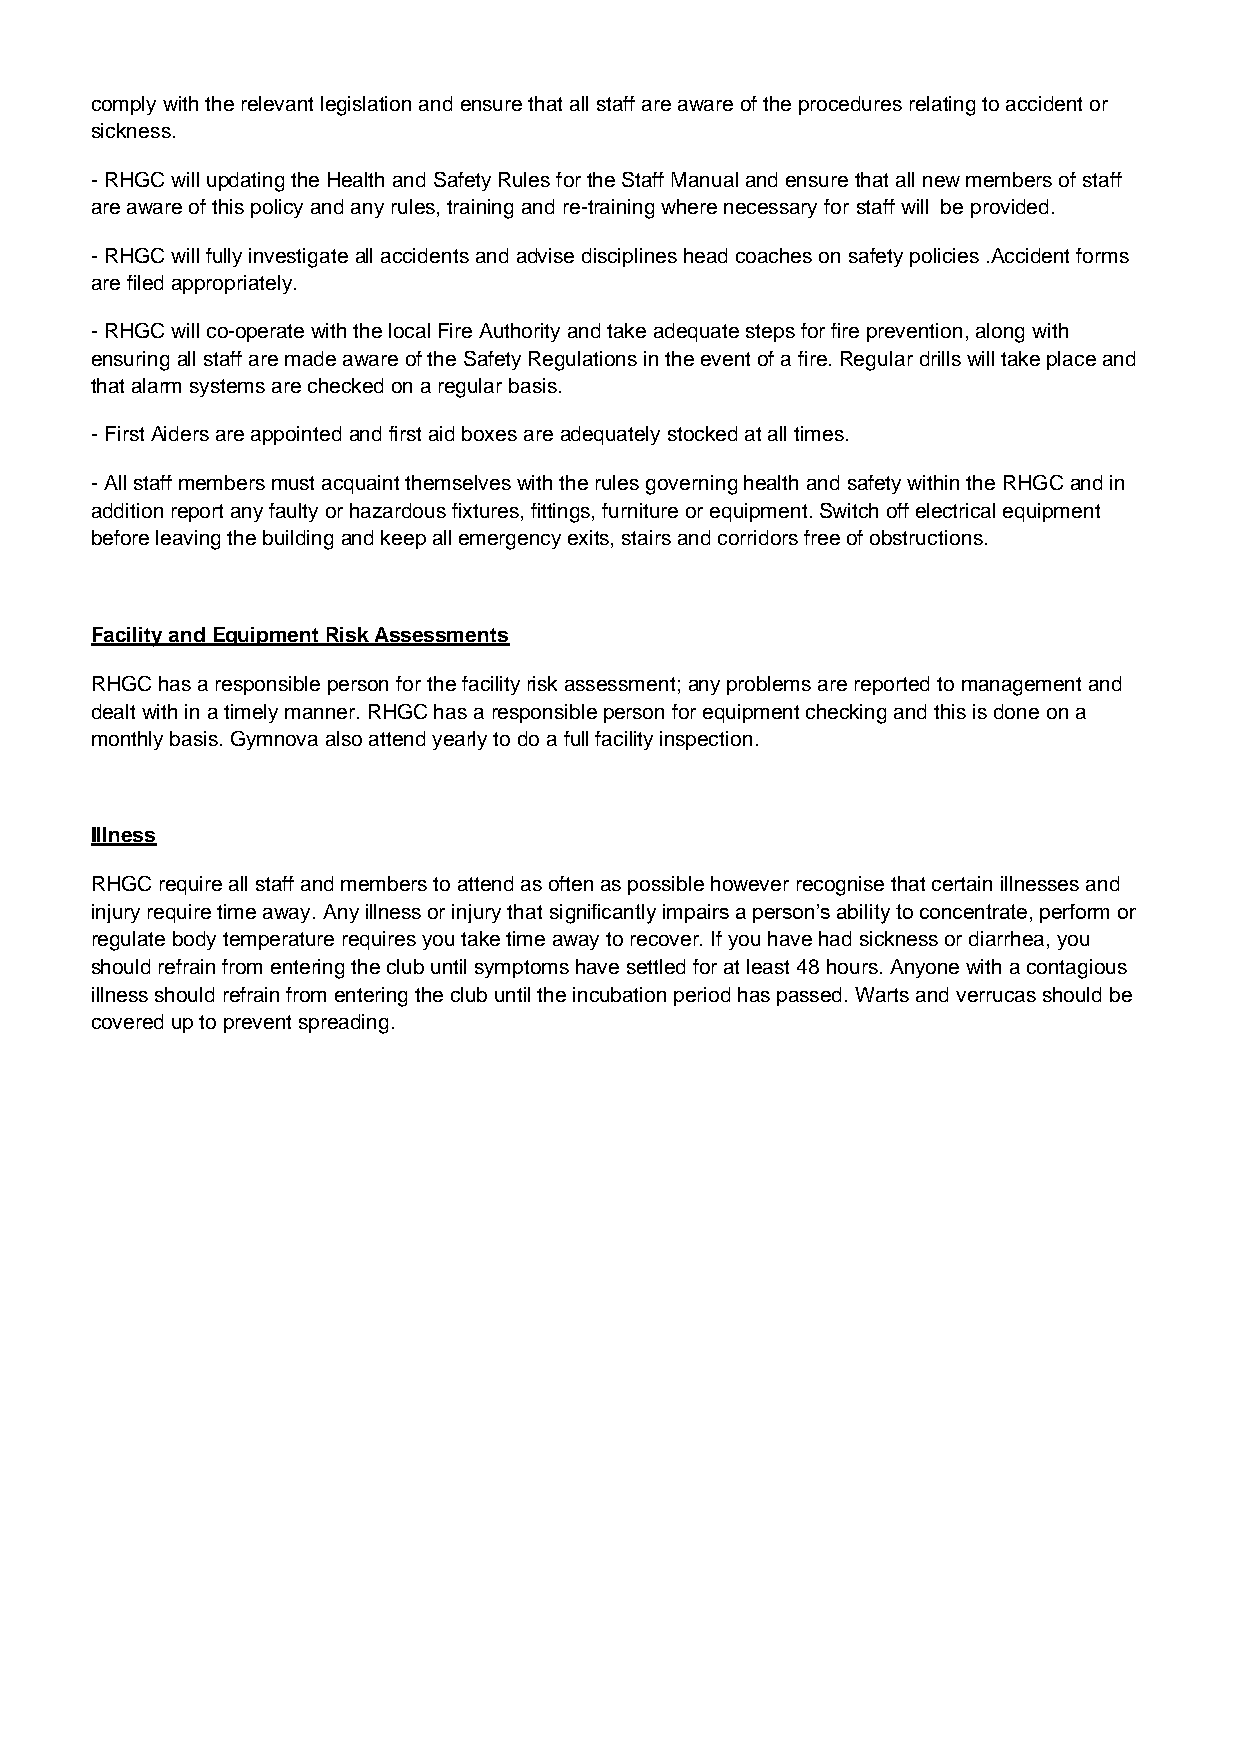
comply with the relevant legislation and ensure that all staff are aware of the procedures relating to accident or
 sickness.
 - RHGC will updating the Health and Safety Rules for the Staff Manual and ensure that all new members of staff
 are aware of this policy and any rules, training and re-training where necessary for staff will be provided.
 - RHGC will fully investigate all accidents and advise disciplines head coaches on safety policies .Accident forms
 are filed appropriately.
 - RHGC will co-operate with the local Fire Authority and take adequate steps for fire prevention, along with
 ensuring all staff are made aware of the Safety Regulations in the event of a fire. Regular drills will take place and
 that alarm systems are checked on a regular basis.
 - First Aiders are appointed and first aid boxes are adequately stocked at all times.
 - All staff members must acquaint themselves with the rules governing health and safety within the RHGC and in
 addition report any faulty or hazardous fixtures, fittings, furniture or equipment. Switch off electrical equipment
 before leaving the building and keep all emergency exits, stairs and corridors free of obstructions.
 Facility and Equipment Risk Assessments
 RHGC has a responsible person for the facility risk assessment; any problems are reported to management and
 dealt with in a timely manner. RHGC has a responsible person for equipment checking and this is done on a
 monthly basis. Gymnova also attend yearly to do a full facility inspection.
 Illness
 RHGC require all staff and members to attend as often as possible however recognise that certain illnesses and
 injury require time away. Any illness or injury that significantly impairs a person’s ability to concentrate, perform or
 regulate body temperature requires you take time away to recover. If you have had sickness or diarrhea, you
 should refrain from entering the club until symptoms have settled for at least 48 hours. Anyone with a contagious
 illness should refrain from entering the club until the incubation period has passed. Warts and verrucas should be
 covered up to prevent spreading.